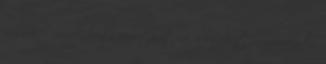
vasiak - mindenben számíthat rá a csapat - Körmenden